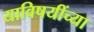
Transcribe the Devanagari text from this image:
याविषयींच्या